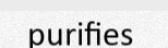
purifies